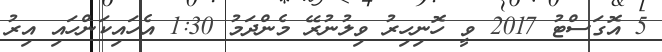
5 އޮގަސްޓު 2017 ވީ ހޮނިހިރު ވިލުނުރޭ މެންދަމު 1:30 އެހައިކަންހައި އިރު